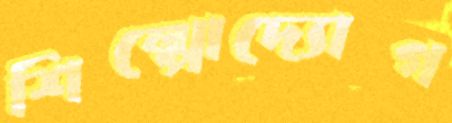
শিল্পোদ্যোগ